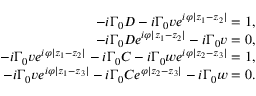
\begin{array} { r l r } & { } & { - i \Gamma _ { 0 } D - i \Gamma _ { 0 } v e ^ { i \varphi | z _ { 1 } - z _ { 2 } | } = 1 , } \\ & { } & { - i \Gamma _ { 0 } D e ^ { i \varphi | z _ { 1 } - z _ { 2 } | } - i \Gamma _ { 0 } v = 0 , } \\ & { } & { - i \Gamma _ { 0 } v e ^ { i \varphi | z _ { 1 } - z _ { 2 } | } - i \Gamma _ { 0 } C - i \Gamma _ { 0 } w e ^ { i \varphi | z _ { 2 } - z _ { 3 } | } = 1 , } \\ & { } & { - i \Gamma _ { 0 } v e ^ { i \varphi | z _ { 1 } - z _ { 3 } | } - i \Gamma _ { 0 } C e ^ { \varphi | z _ { 2 } - z _ { 3 } | } - i \Gamma _ { 0 } w = 0 . } \end{array}